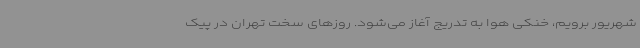
شهریور برویم، خنکی هوا به تدریج آغاز می‌شود. روزهای سخت تهران در پیک